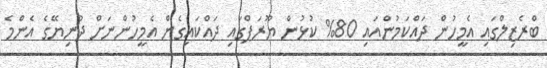
ބްރެޒިލްގައި އެމީހުން ދައްކަމުންއައި 80% ކުޅުން ޔޫރަޕްގައި ދައްކައިގެން އެމީހުންނަށް ދުނިޔޭގެ އެންމެ